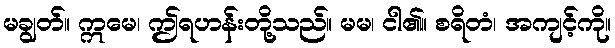
မချွတ်။ ဣမေ၊ ဤရဟန်းတို့သည်။ မမ၊ ငါ၏။ စရိတံ၊ အကျင့်ကို။